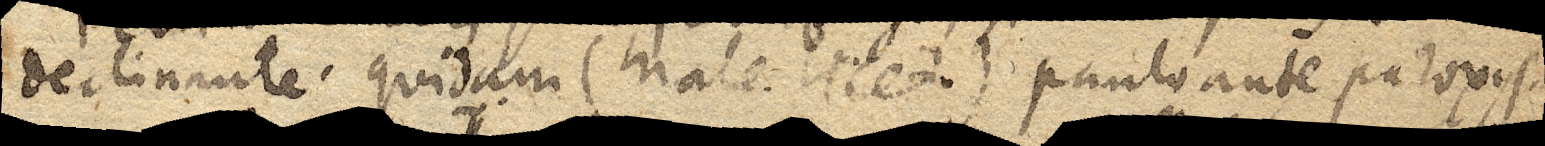
declinante, quidam (male licet) paulo ante paroxys-